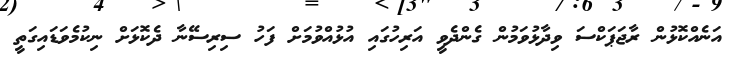
އަނެއްކޮޅުން ރާޖަޕަކްސަ ވިދާޅުވަމުން ގެންދެވީ އަރިހުގައި އުޅުއްވުމަށް ފަހު ސިރިސޭނާ ދެކޮޅަށް ނިކުމެވަޑައިގަތީ